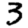
Digit: 3